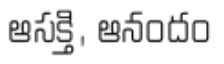
ఆసక్తి, ఆనందం